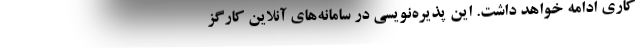
کاری ادامه خواهد داشت. این پذیره‌نویسی در سامانه‌های آنلاین کارگز